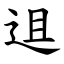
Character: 䢐